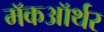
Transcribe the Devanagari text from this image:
मॅकऑर्थर